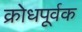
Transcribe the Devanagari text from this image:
क्रोधपूर्वक